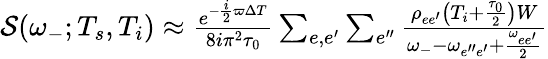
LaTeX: \begin{array}{r}{{\cal S}(\omega_{-};T_{s},T_{i})\approx\frac{e^{-\frac{i}{2}\varpi\Delta T}}{8i\pi^{2}\tau_{0}}\sum_{e,e^{\prime}}\sum_{e^{\prime\prime}}\frac{\rho_{ee^{\prime}}\left(T_{i}+\frac{\tau_{0}}{2}\right)W}{\omega_{-}-\omega_{e^{\prime\prime}e^{\prime}}+\frac{\omega_{ee^{\prime}}}{2}}}\end{array}